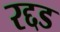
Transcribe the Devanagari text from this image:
रद्दड